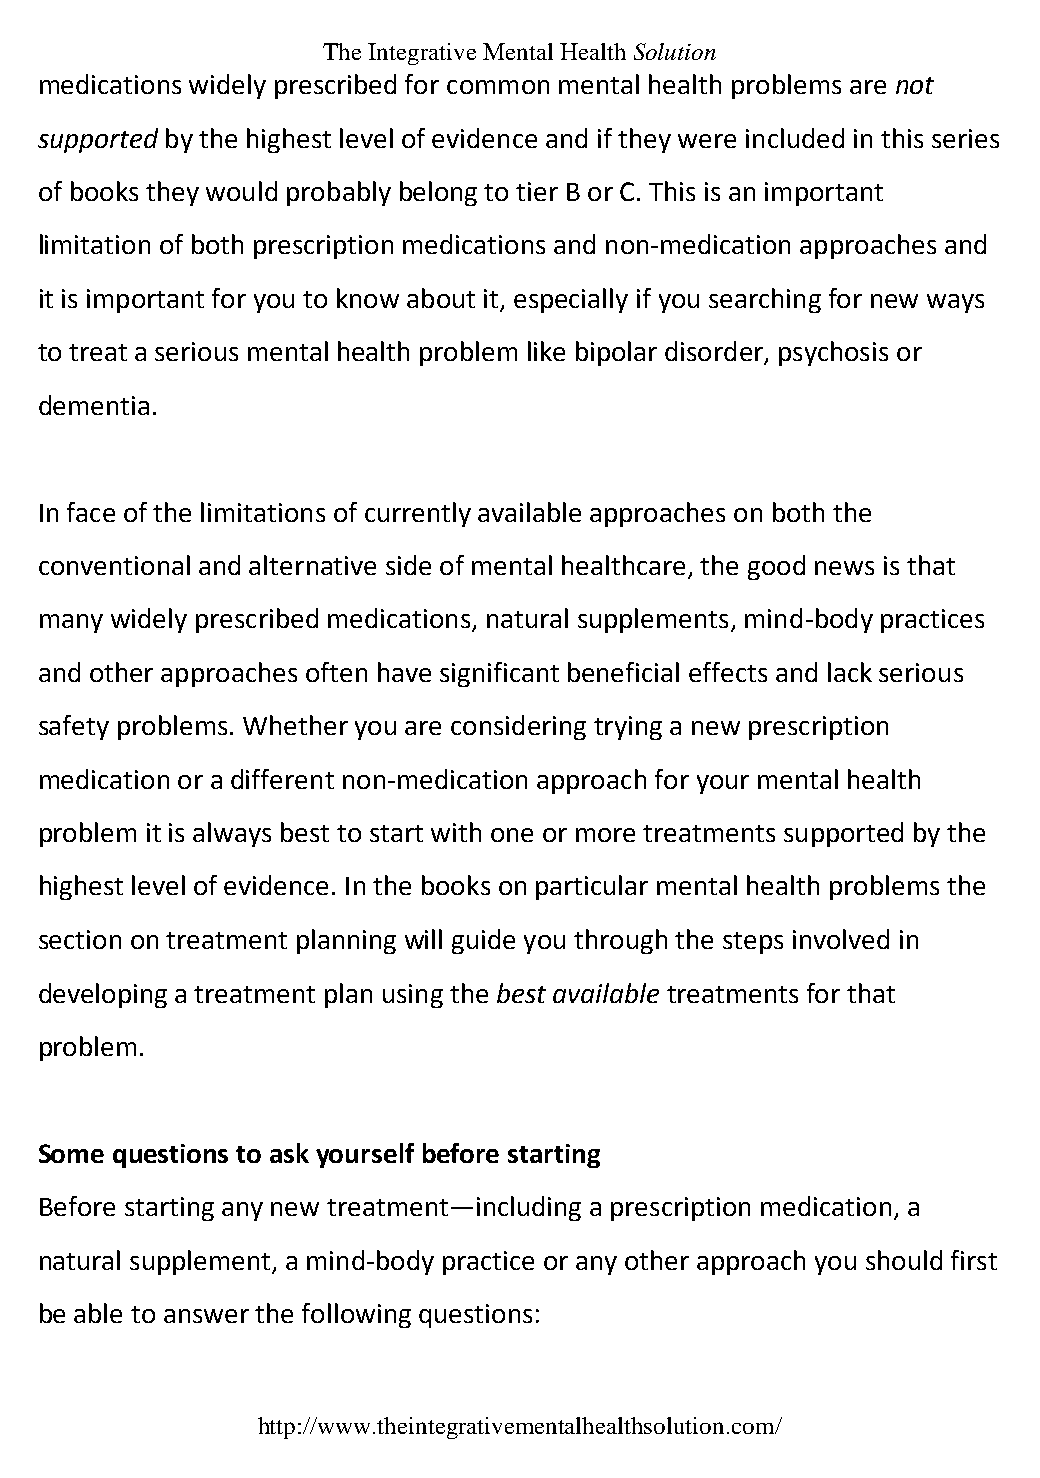
The Integrative Mental Health Solution
 medications widely prescribed for common mental health problems are not
 supported by the highest level of evidence and if they were included in this series
 of books they would probably belong to tier B or C. This is an important
 limitation of both prescription medications and non-medication approaches and
 it is important for you to know about it, especially if you searching for new ways
 to treat a serious mental health problem like bipolar disorder, psychosis or
 dementia.
 In face of the limitations of currently available approaches on both the
 conventional and alternative side of mental healthcare, the good news is that
 many widely prescribed medications, natural supplements, mind-body practices
 and other approaches often have significant beneficial effects and lack serious
 safety problems. Whether you are considering trying a new prescription
 medication or a different non-medication approach for your mental health
 problem it is always best to start with one or more treatments supported by the
 highest level of evidence. In the books on particular mental health problems the
 section on treatment planning will guide you through the steps involved in
 developing a treatment plan using the best available treatments for that
 problem.
 Some questions to ask yourself before starting
 Before starting any new treatment—including a prescription medication, a
 natural supplement, a mind-body practice or any other approach you should first
 be able to answer the following questions:
 http://www.theintegrativementalhealthsolution.com/